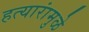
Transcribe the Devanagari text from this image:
हत्यारांमुळे